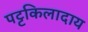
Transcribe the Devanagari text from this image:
पट्टकिलादाय